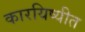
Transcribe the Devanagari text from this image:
कारयिष्यीत